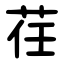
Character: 荏